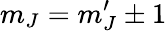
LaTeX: m_{J}=m_{J}^{\prime}\pm 1